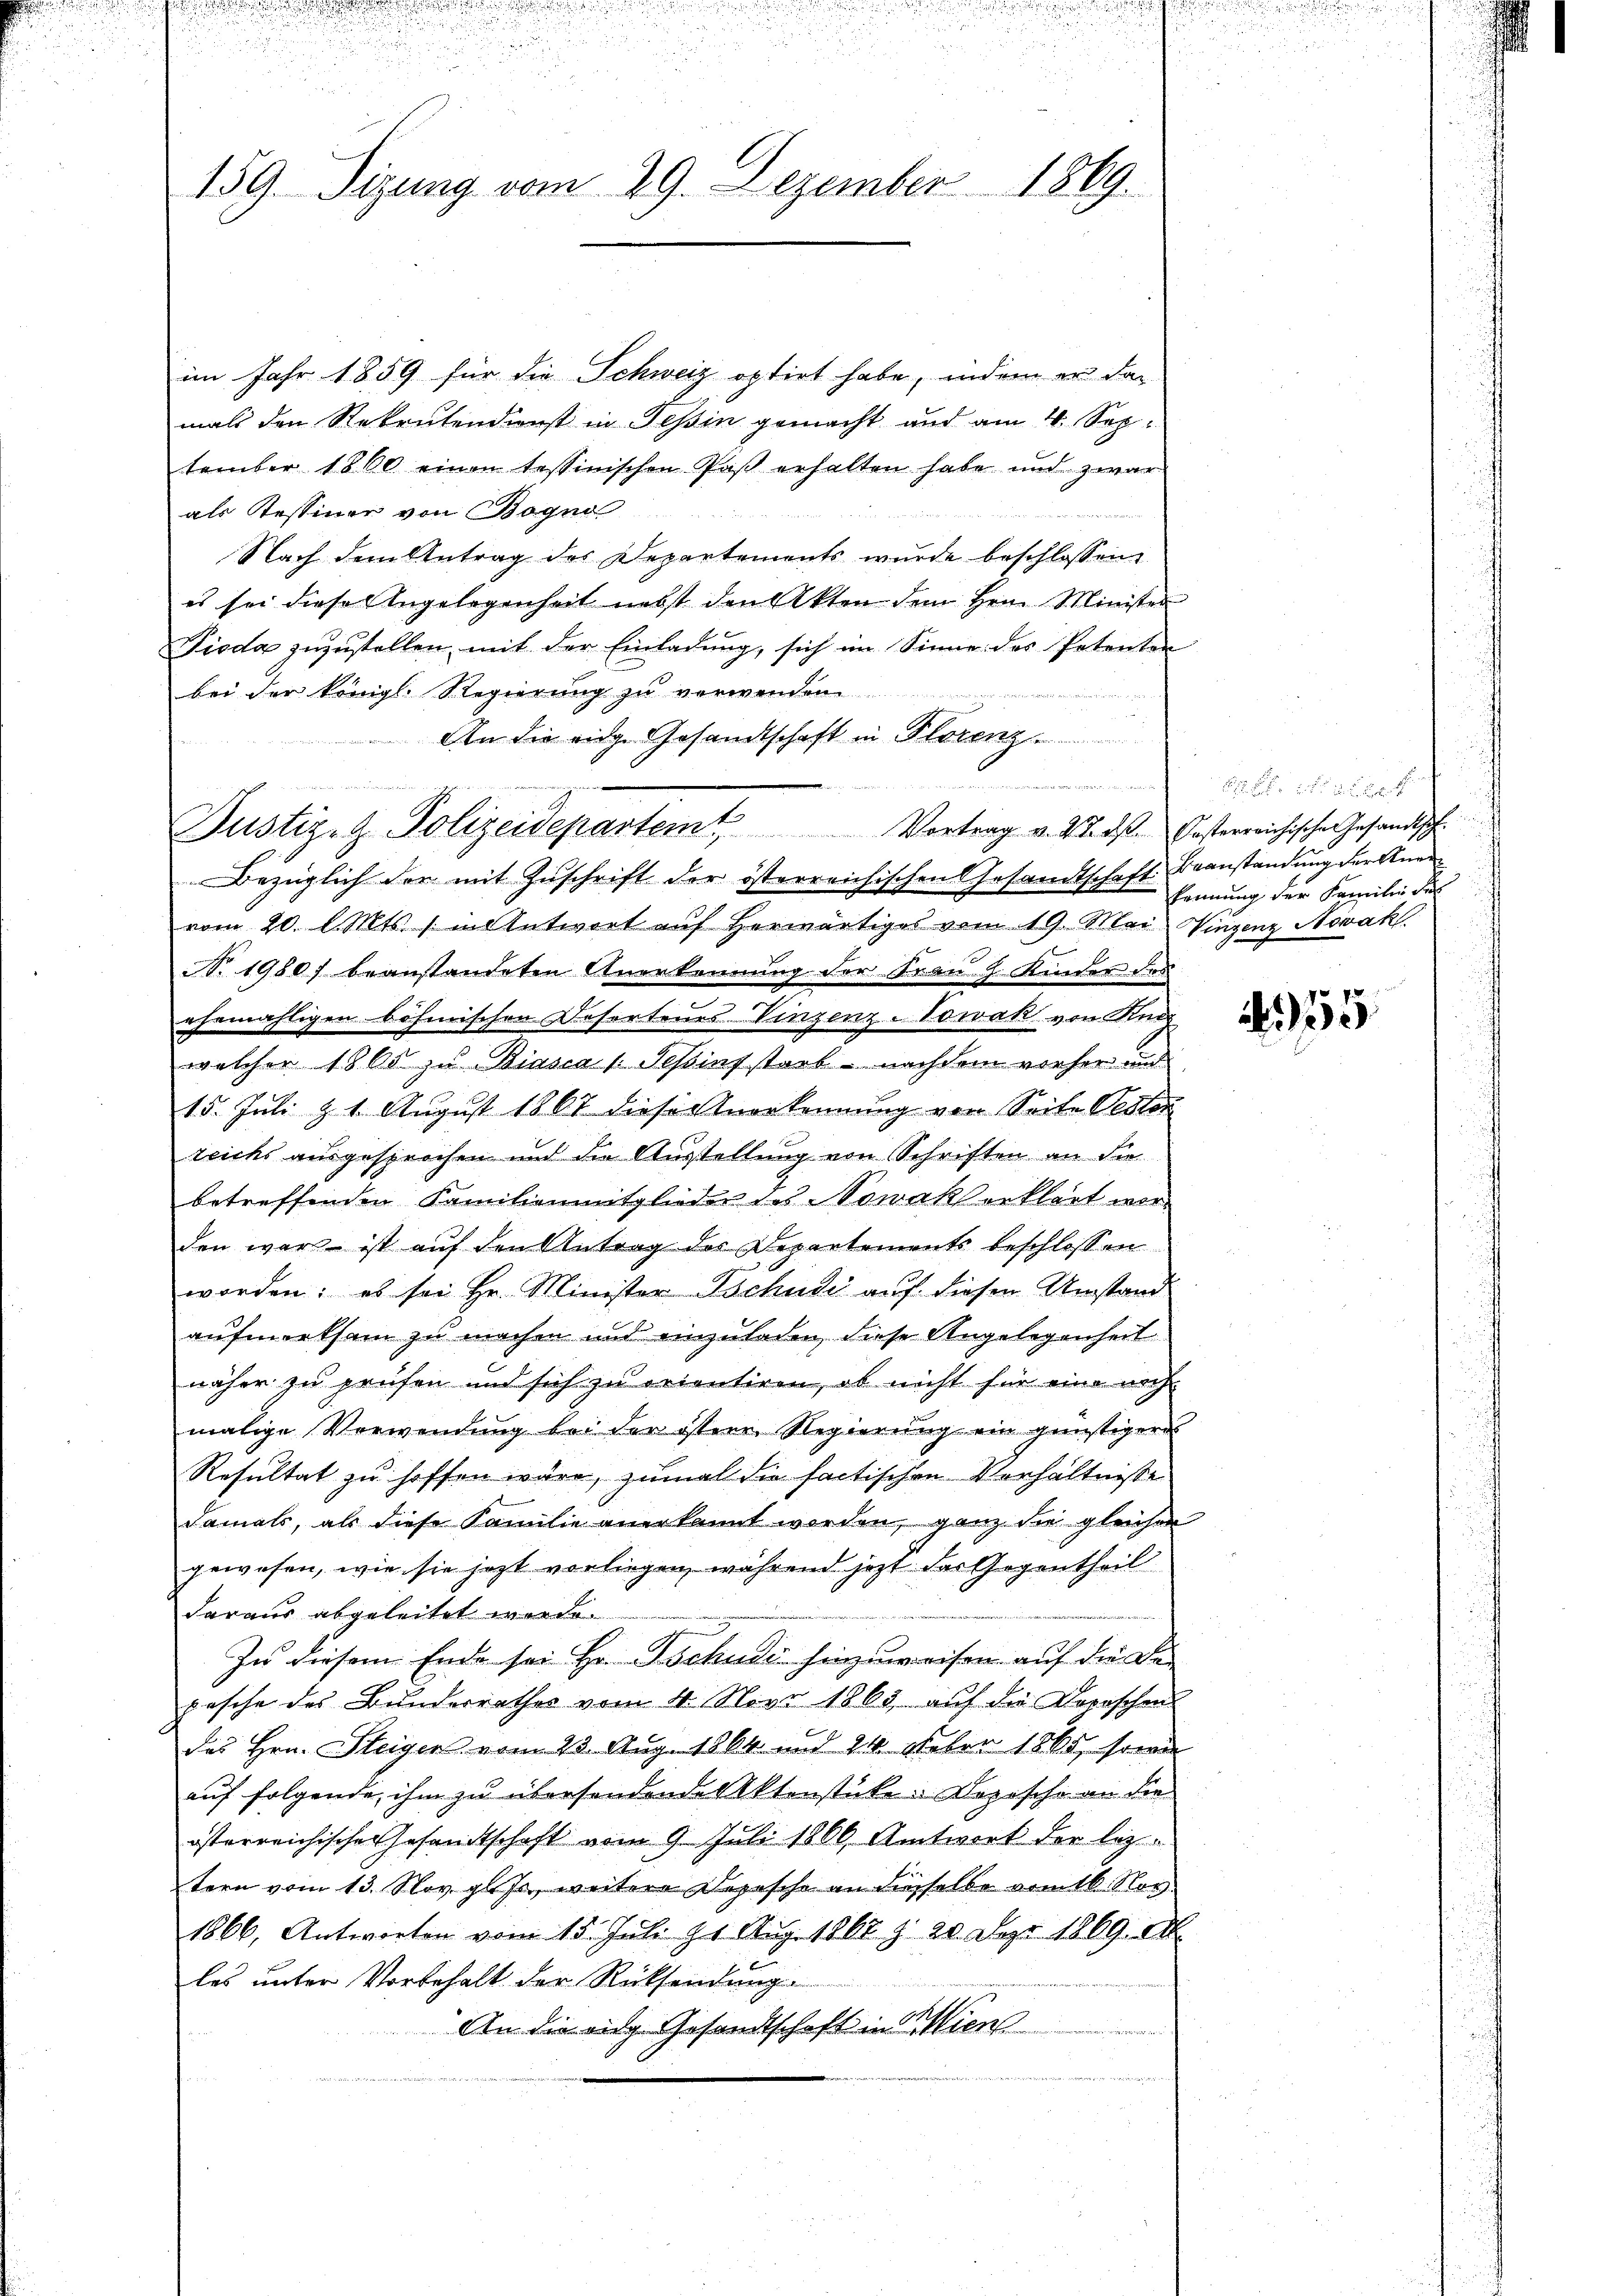
n

e
n
159. Sizung vom 29. Dezember 1869.

im Jahr 1859 für die Schweiz optirt habe, indem er das
mals den Rekrutendionst in Tessin gemacht und am 4. Sep.
tember 1860 einen tessinischen Paß erhalten habe und zwar
als Tessiner von Bogno
Nach dem Antrag des Departements wurde beschlossen
es sei diese Angelegenheit nebst den Akten dem Hrn. Minister
Pioda zuzustellen, mit der Einladung, sich im Sinne des Petenten
bei der Königl. Regierung zu verwenden
An die eidge Gesandtschaft in Florenz
d     Herrn Mitte
Bezüglich der mit Zuschrift der österreichischen Gesandtschaft Beanstandung der Anervom 20. d. Mts. ) in Antwort auf herwärtiges vom 19. Mai Vinzenz Nowak
N. 19807 beanstandeten Anerkennung der Frau J. Kinder des
ehemahligen böhmischen Desertenes Vinzenz-Towak von Reiz
welcher 1860 zu Biasca 1. Teßins starb - nachdem vorher und
15. Juli d. 1. August 1867 dieser Anerkennung von Seite Oesten
zeichs ausgesprochen und die Ausstellung von Schriften an die
betreffenden Familienmitglieder des Nowak erklärt werden war ist auf den Antrag des Departements beschlossen
worden; es sei Hr. Minister Tschudi auf diesen Umstand
aufmerksam zu machen und einzuladen, diese Angelegenheit.
näher zu prüfen und sich zu orientiren, ob nicht für eine noch
malige Verwendŭng bei der östere Regierŭng ein günstiger
Resultat zu hoffen wäre, zumal die factischen Verhältnisse
Damals, als diese Familie anerkannt worden, ganz die gleichen
gewesen, wie sie jezt vorliegen, während jezt das Gegentheil
daraus abgeleitet werde.
In diesem Ende sei Hr. Tschudi hinzuweisen auf die Be-
pesche des Bundesrathes vom 4. Novo 1863 auf die Doroschen
des Hrn. Steigen vom 20. Aug. 1864 und 14 Feber 1865, sowi
auf folgende, ihm zu übersendende Aktenstücke. Dezosche an die
österreichische Gesamtschaft vom 9. Juli 1866 Antwort der leztern vom 13. Nov. gl. J., weitere Depesche an dieselbe vom 16. Nov.
1866, Antworten vom 15. Jul. 9. Aug. 1867 § 20. Der 1869 d
les unter Vorbehalt der Rücksendung
An die eidg. Gesandtschaft in Wien

¬
Justiz- & Polizeidepartemt, Vortrag v. 27. ds. Posterreichische Gesandtsch

a

kennung der Familie des

P
A

s